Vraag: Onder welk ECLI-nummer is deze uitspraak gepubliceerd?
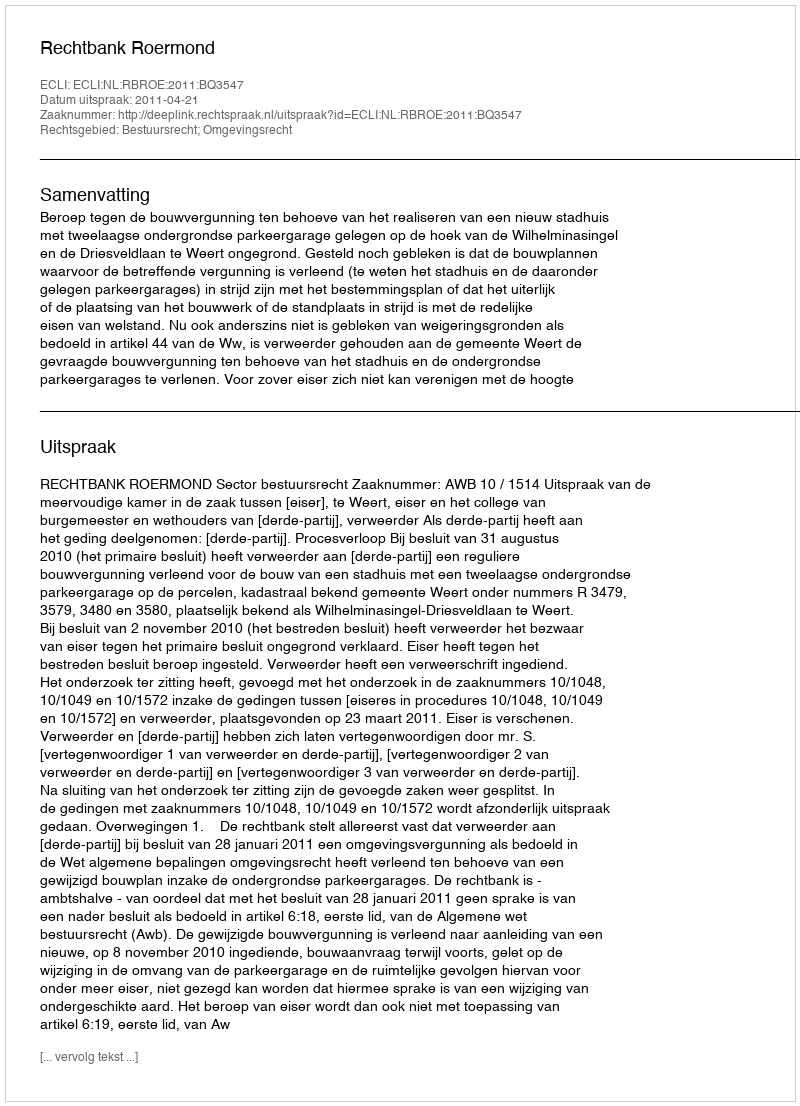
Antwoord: ECLI:NL:RBROE:2011:BQ3547